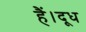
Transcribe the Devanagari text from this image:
हैं।दूध